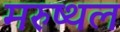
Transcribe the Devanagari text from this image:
मरुष्थल